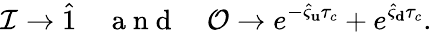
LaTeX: \mathcal{I}\to\hat{1}\quad\mathrm{~a~n~d~}\quad\mathcal{O}\to e^{-\hat{\varsigma}_{\mathbf u}\tau_{c}}+e^{\hat{\varsigma}_{\mathbf d}\tau_{c}}.